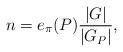
LaTeX: \begin{align*}n =e_{\pi}(P)\frac{\left\vert G\right\vert }{\left\vert G_{P}\right\vert },\end{align*}